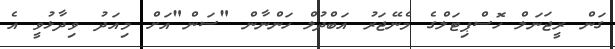
ގަން ރީޖަނަލް ހޮސްޕިޓަލްގެ މެނޭޖަރު އަބްދުލް ހަންނާން "ސަން"އަށް މިއަދު ވިދާޅުވީ އެ